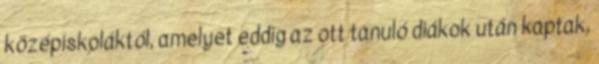
középiskoláktól, amelyet eddig az ott tanuló diákok után kaptak,